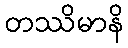
တဿိမာနိ